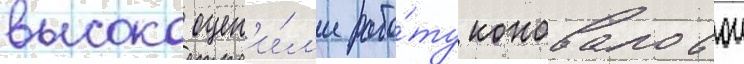
высоко оцен'и́л'и рабо́ту коноваловои